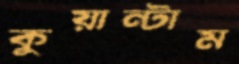
কুয়ান্টাম